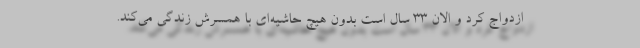
ازدواج کرد و الان 33 سال است بدون هیچ حاشیه‌ای با همسرش زندگی می‌کند.